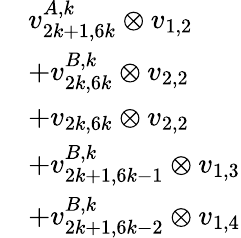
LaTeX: \begin{array}{rl}&{v_{2k+1,6k}^{A,k}\otimes v_{1,2}}\\ &{+v_{2k,6k}^{B,k}\otimes v_{2,2}}\\ &{+v_{2k,6k}\otimes v_{2,2}}\\ &{+v_{2k+1,6k-1}^{B,k}\otimes v_{1,3}}\\ &{+v_{2k+1,6k-2}^{B,k}\otimes v_{1,4}}\end{array}